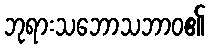
ဘုရားသဘောသဘာဝ၏